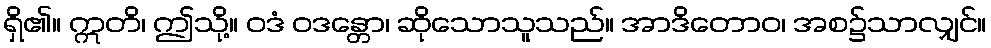
ရှိ၏။ ဣတိ၊ ဤသို့။ ဝဒံ ဝဒန္တော၊ ဆိုသောသူသည်။ အာဒိတောဝ၊ အစ၌သာလျှင်။